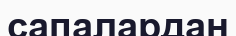
сапалардан